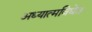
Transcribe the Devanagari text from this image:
अध्यात्मविद्येत